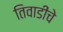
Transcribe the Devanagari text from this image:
तिवाडींचे